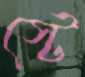
স্টে